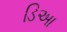
ડિઆ